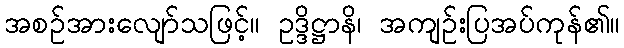
အစဉ်အားလျော်သဖြင့်။ ဥဒ္ဒိဋ္ဌာနိ၊ အကျဉ်းပြအပ်ကုန်၏။